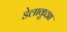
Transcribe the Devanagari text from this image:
डेलाकुआ